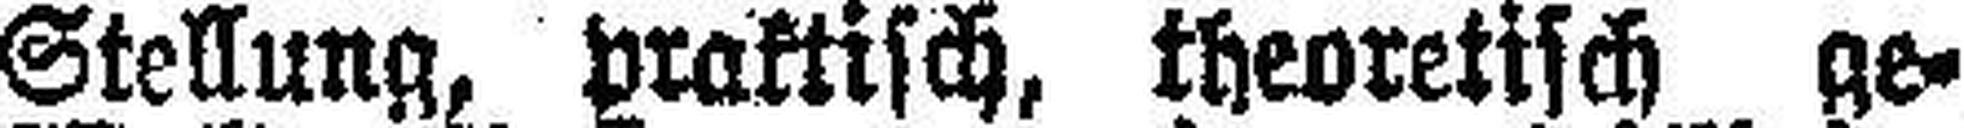
Stellung, praktisch, theoretisch ge¬